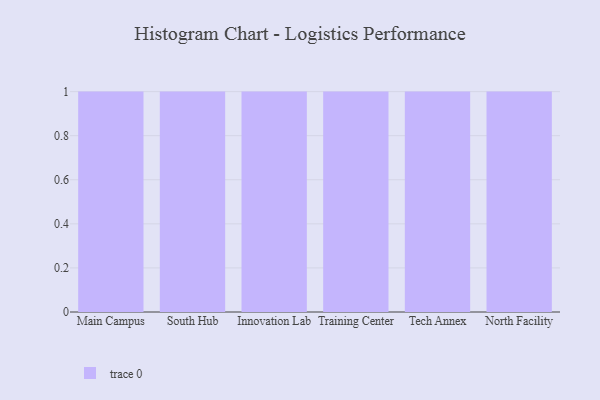
{"axis": {"x": "Campus", "y": "Budget (USD K)"}, "legend": [""], "data": [{"x": "Main Campus", "y": 10, "type": ""}, {"x": "South Hub", "y": 35, "type": ""}, {"x": "Innovation Lab", "y": 12, "type": ""}, {"x": "Training Center", "y": 27, "type": ""}, {"x": "Tech Annex", "y": 40, "type": ""}, {"x": "North Facility", "y": 13, "type": ""}]}